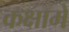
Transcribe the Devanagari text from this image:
कक्षामे